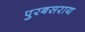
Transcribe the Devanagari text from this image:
पुरबसराय